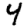
Digit: 4